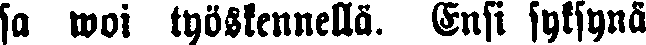
sa woi työskennellä. Ensi syksynä